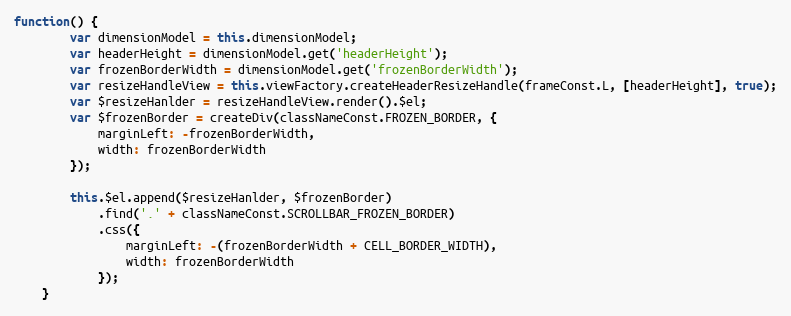
Language: JavaScript
function() {
        var dimensionModel = this.dimensionModel;
        var headerHeight = dimensionModel.get('headerHeight');
        var frozenBorderWidth = dimensionModel.get('frozenBorderWidth');
        var resizeHandleView = this.viewFactory.createHeaderResizeHandle(frameConst.L, [headerHeight], true);
        var $resizeHanlder = resizeHandleView.render().$el;
        var $frozenBorder = createDiv(classNameConst.FROZEN_BORDER, {
            marginLeft: -frozenBorderWidth,
            width: frozenBorderWidth
        });

        this.$el.append($resizeHanlder, $frozenBorder)
            .find('.' + classNameConst.SCROLLBAR_FROZEN_BORDER)
            .css({
                marginLeft: -(frozenBorderWidth + CELL_BORDER_WIDTH),
                width: frozenBorderWidth
            });
    }